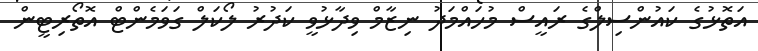
އަތޮޅުގެ ކައުންސިލްގެ ރައީސް މުހައްމަދު ނިޒާމް ވިދާޅުވީ ކަދުރު ލޯކަލް ގަވަމެންޓް އޮތޯރިޓީން